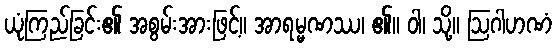
ယုံကြည်ခြင်း၏ အစွမ်းအားဖြင့်။ အာရမ္မဏဿ၊ ၏။ ဝါ၊ သို့။ ဩဂါဟဏံ